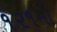
૧૨૧મો